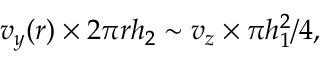
v _ { y } ( r ) \times 2 \pi r h _ { 2 } \sim v _ { z } \times \pi h _ { 1 } ^ { 2 } / 4 ,